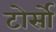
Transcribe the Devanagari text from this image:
टोर्सो